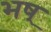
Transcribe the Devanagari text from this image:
भष्